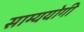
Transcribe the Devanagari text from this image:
साम्ययोगी